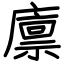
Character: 廪